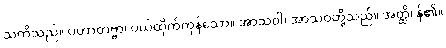
သတိသည်။ ပဟာတဗ္ဗာ၊ ပယ်ထိုက်ကုန်သော။ အာသဝါ၊ အာသဝတို့သည်။ အတ္ထိ၊ န်၏။